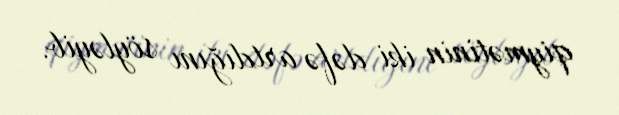
qiymətinin iki dəfə artdığını söyləyib.